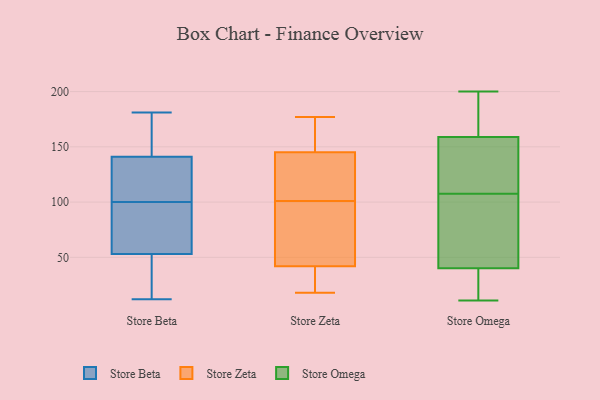
{"axis": {"x": "Website Visitors", "y": "Value"}, "legend": ["Store Beta", "Store Omega", "Store Zeta"], "data": [{"x": "", "y": 116, "type": "Store Beta"}, {"x": "", "y": 12, "type": "Store Beta"}, {"x": "", "y": 86, "type": "Store Beta"}, {"x": "", "y": 82, "type": "Store Beta"}, {"x": "", "y": 172, "type": "Store Beta"}, {"x": "", "y": 44, "type": "Store Beta"}, {"x": "", "y": 114, "type": "Store Beta"}, {"x": "", "y": 147, "type": "Store Beta"}, {"x": "", "y": 116, "type": "Store Beta"}, {"x": "", "y": 55, "type": "Store Beta"}, {"x": "", "y": 51, "type": "Store Beta"}, {"x": "", "y": 160, "type": "Store Beta"}, {"x": "", "y": 35, "type": "Store Beta"}, {"x": "", "y": 181, "type": "Store Beta"}, {"x": "", "y": 135, "type": "Store Beta"}, {"x": "", "y": 63, "type": "Store Beta"}, {"x": "", "y": 145, "type": "Store Zeta"}, {"x": "", "y": 175, "type": "Store Zeta"}, {"x": "", "y": 132, "type": "Store Zeta"}, {"x": "", "y": 135, "type": "Store Zeta"}, {"x": "", "y": 47, "type": "Store Zeta"}, {"x": "", "y": 86, "type": "Store Zeta"}, {"x": "", "y": 89, "type": "Store Zeta"}, {"x": "", "y": 42, "type": "Store Zeta"}, {"x": "", "y": 18, "type": "Store Zeta"}, {"x": "", "y": 35, "type": "Store Zeta"}, {"x": "", "y": 113, "type": "Store Zeta"}, {"x": "", "y": 177, "type": "Store Zeta"}, {"x": "", "y": 173, "type": "Store Zeta"}, {"x": "", "y": 19, "type": "Store Zeta"}, {"x": "", "y": 122, "type": "Store Omega"}, {"x": "", "y": 24, "type": "Store Omega"}, {"x": "", "y": 117, "type": "Store Omega"}, {"x": "", "y": 11, "type": "Store Omega"}, {"x": "", "y": 167, "type": "Store Omega"}, {"x": "", "y": 40, "type": "Store Omega"}, {"x": "", "y": 200, "type": "Store Omega"}, {"x": "", "y": 90, "type": "Store Omega"}, {"x": "", "y": 159, "type": "Store Omega"}, {"x": "", "y": 193, "type": "Store Omega"}, {"x": "", "y": 98, "type": "Store Omega"}, {"x": "", "y": 24, "type": "Store Omega"}, {"x": "", "y": 66, "type": "Store Omega"}, {"x": "", "y": 136, "type": "Store Omega"}]}